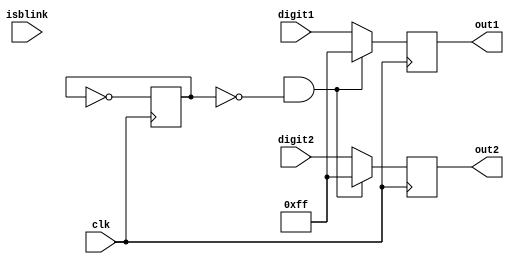
module blinking(
  input wire clk,
  input wire isblink,
  input wire [7:0] digit1,
  input wire [7:0] digit2,
  output wire [7:0] out1,
  output wire [7:0] out2
);

  reg blk = 0;
  
  always @ (posedge clk) begin
    blk <= ~blk;
    if (start && !blk)
    begin
      out1 <= 8'b11111111;
      out2 <= 8'b11111111;
    end
    
    else 
    begin
      out1 <= digit1;
      out2 <= digit2;
    end
  end
  
endmodule